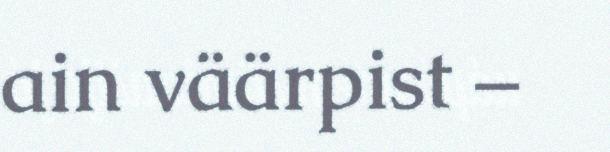
ain väärpist –